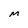
Character: M